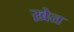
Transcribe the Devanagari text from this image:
ख़ेत